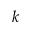
k